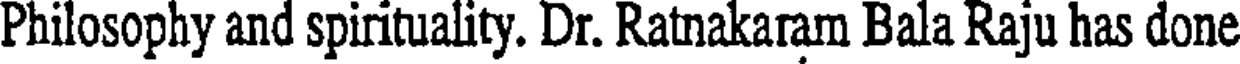
Philosophy and spirituality. Dr. Ratnakaram Bala Raju has done